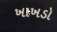
ખાખડો